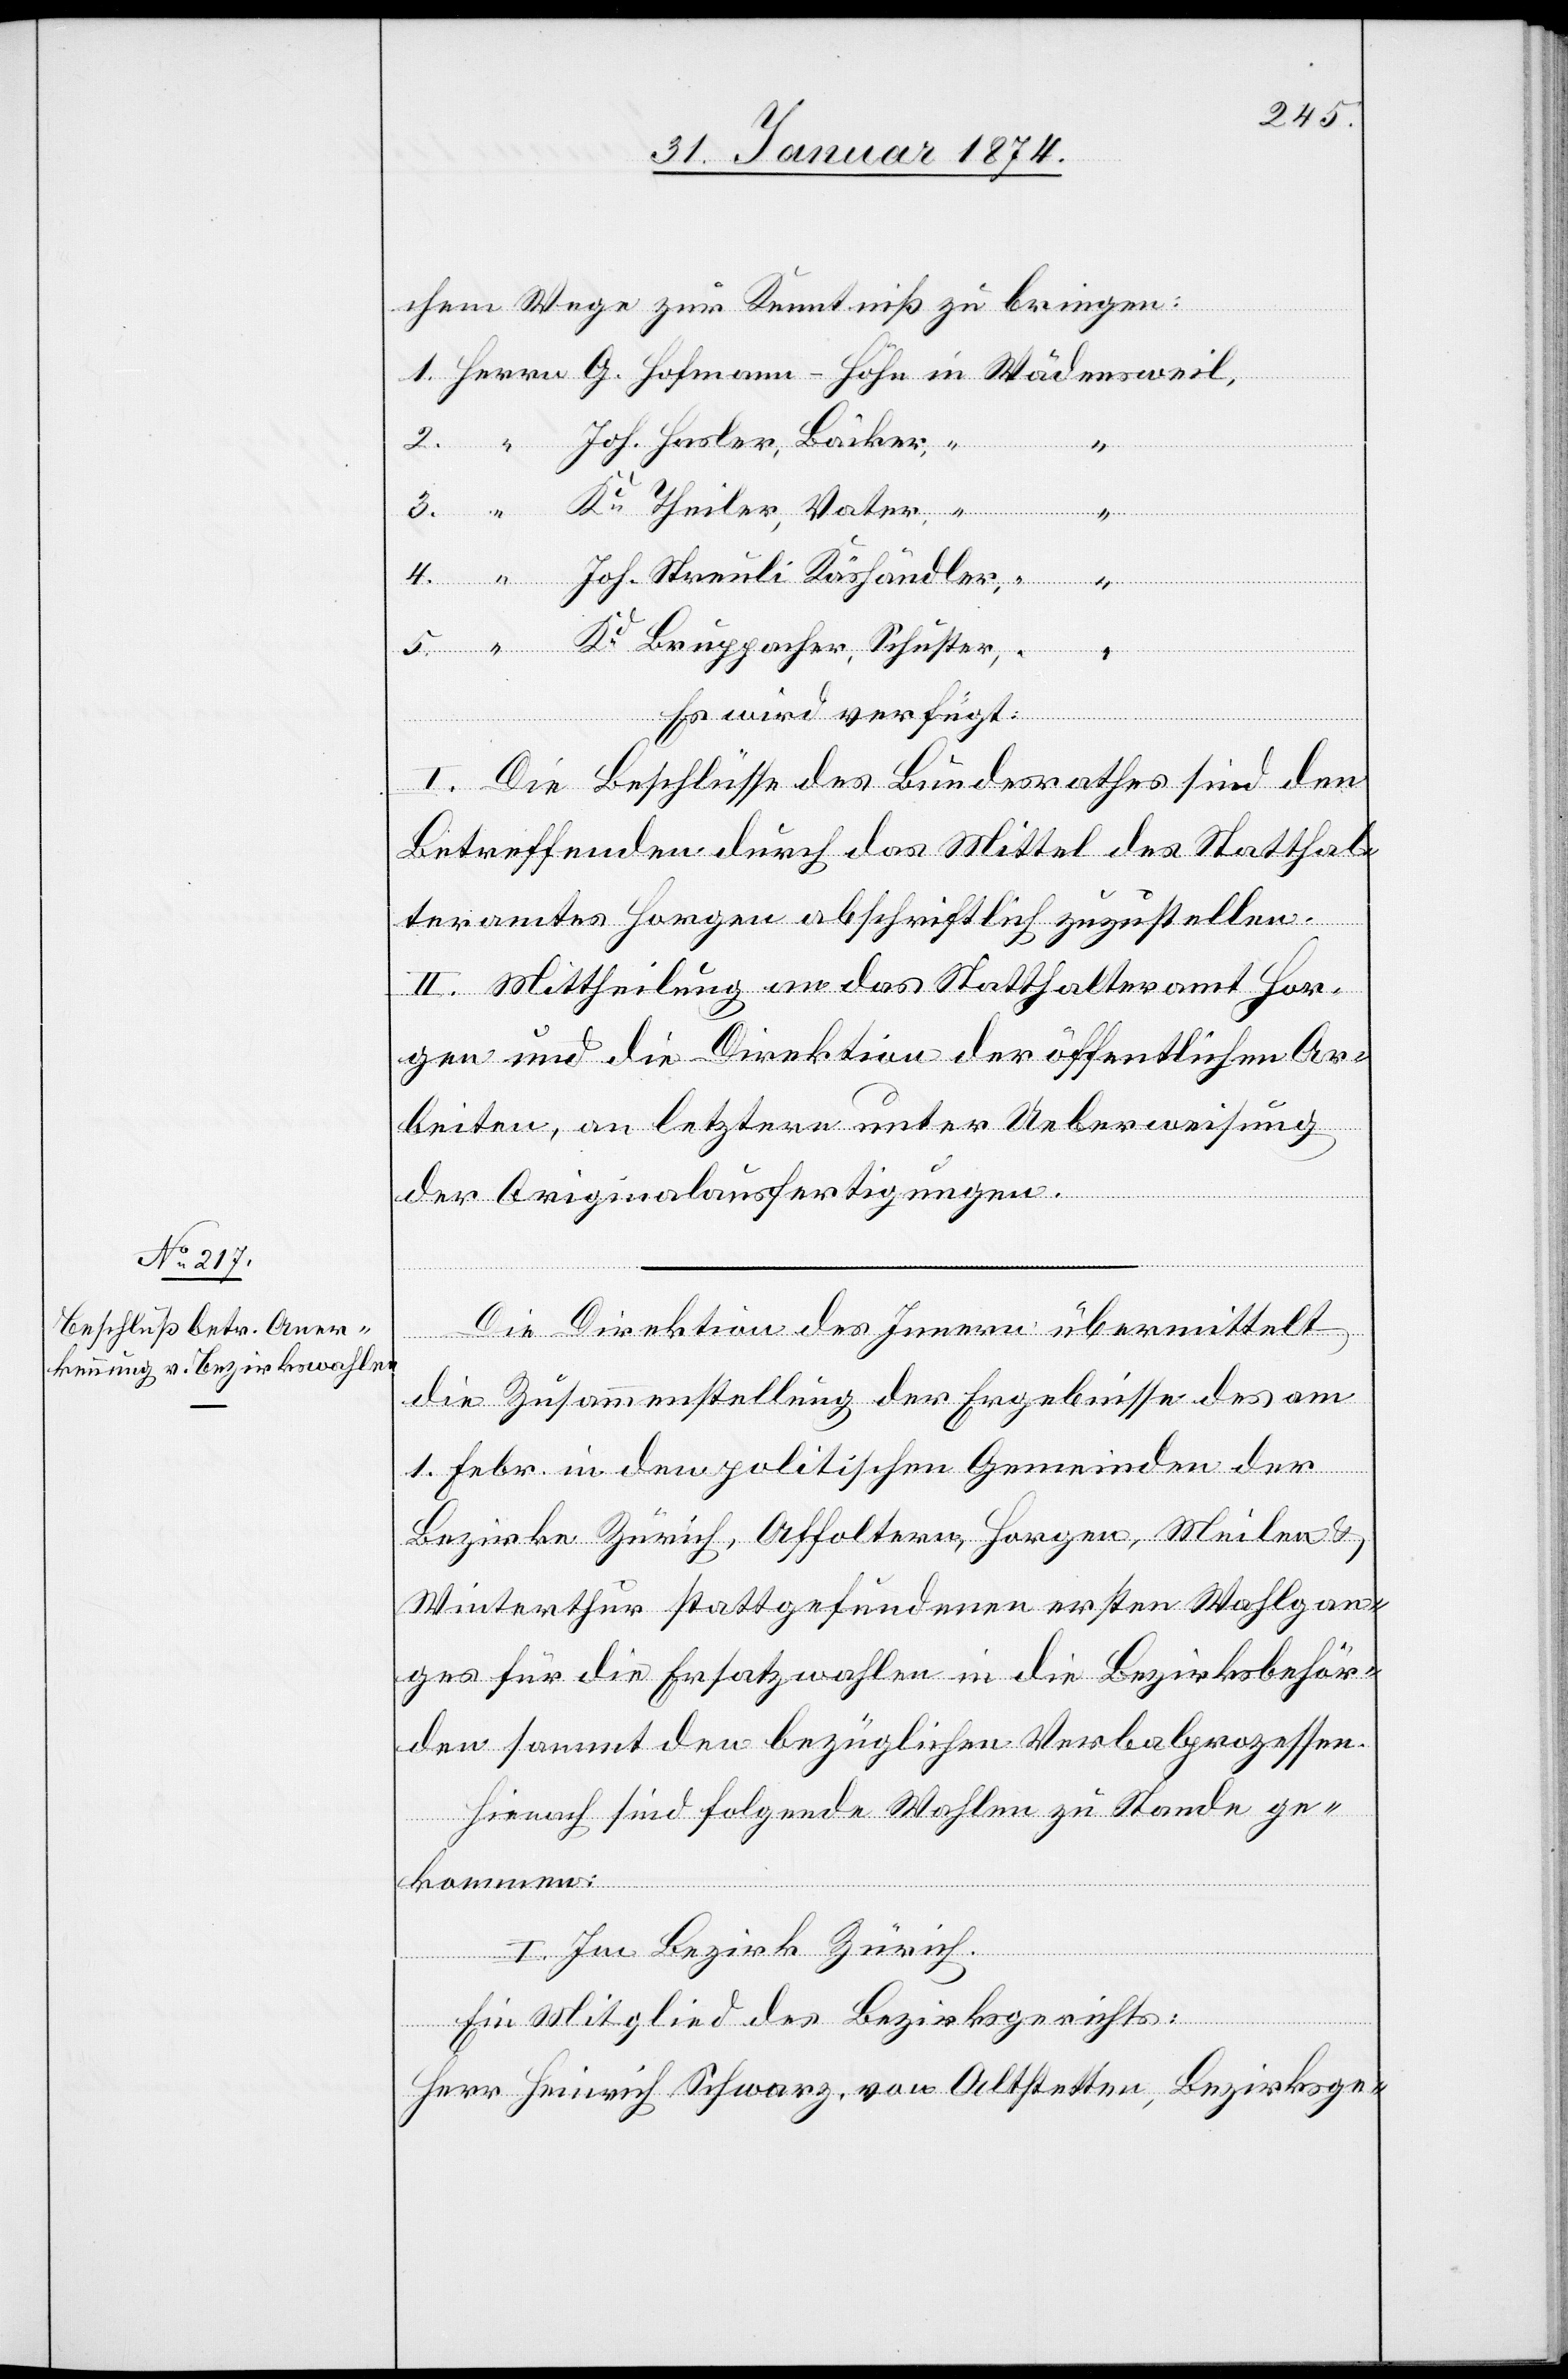
chem Wege zur Kenntniß zu bringen:
4.
Joh. Streuli Käshändler
Kd Bruggacher, Schuster
“
Es wird verfügt:
I. Die Beschlüsse des Bundesrathes sind den
Betreffenden durch das Mittel des Statthal¬
teramtes Horgen abschriftlich zuzustellen.
II. Mittheilung an das Statthalteramt Hor¬
gen und die Direktion der öffentlichen Ar¬
beiten, an letztere unter Ueberweisung
Joh.
der Originalausfertigungen.
Die Direktion des Innern übermittelt
die Zusammenstellung der Ergebnisse des am
1. Febr. in den politischen Gemeinden der
Bezirke Zürich, Affoltern, Horgen, Meilen u.
Winterthur stattgefundenen ersten Wahlgan¬
ges für die Ersatzwahlen in die Bezirksbehör¬
den sammt den bezüglichen Verbalprozessen.
Hierauf sind folgende Wahlen zu Stande ge¬
kommen:
ter
I. Im Bezirk Zürich.
Ein Mitglied des Bezirksgerichts:
Herr Heinrich Schwarz von Altstetten, Bezirksge-